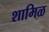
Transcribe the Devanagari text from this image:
शामिळ